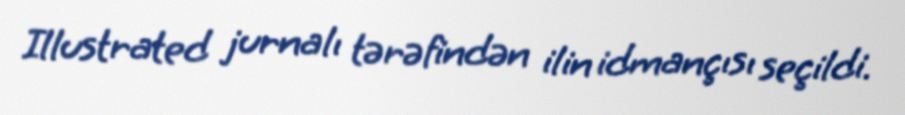
Illustrated jurnalı tərəfindən ilin idmançısı seçildi.